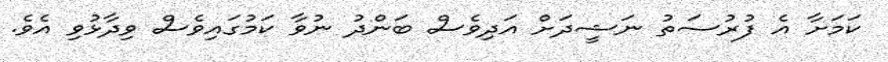
ކަމަށާ އެ ފުރުސަތު ނަޝީދަށް އަދިވެސް ބަންދު ނުވާ ކަމުގައިވެސް ވިދާޅުވި އެވެ.